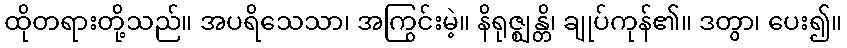
ထိုတရားတို့သည်။ အပရိသေသာ၊ အကြွင်းမဲ့။ နိရုဇ္ဈန္တိ၊ ချုပ်ကုန်၏။ ဒတွာ၊ ပေး၍။